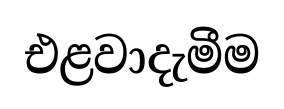
එළවාදැමීම